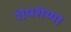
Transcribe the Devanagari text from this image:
शेषशेय्या